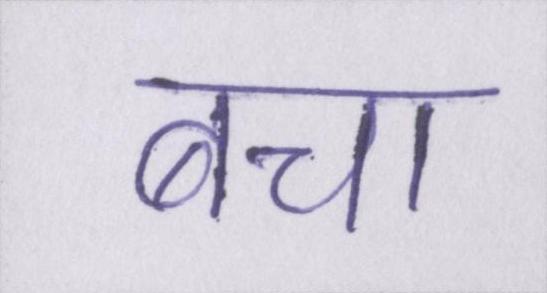
बचा